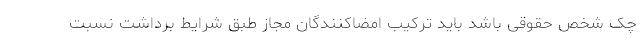
چک شخص حقوقی باشد باید ترکیب امضاکنندگان مجاز طبق شرایط برداشت نسبت